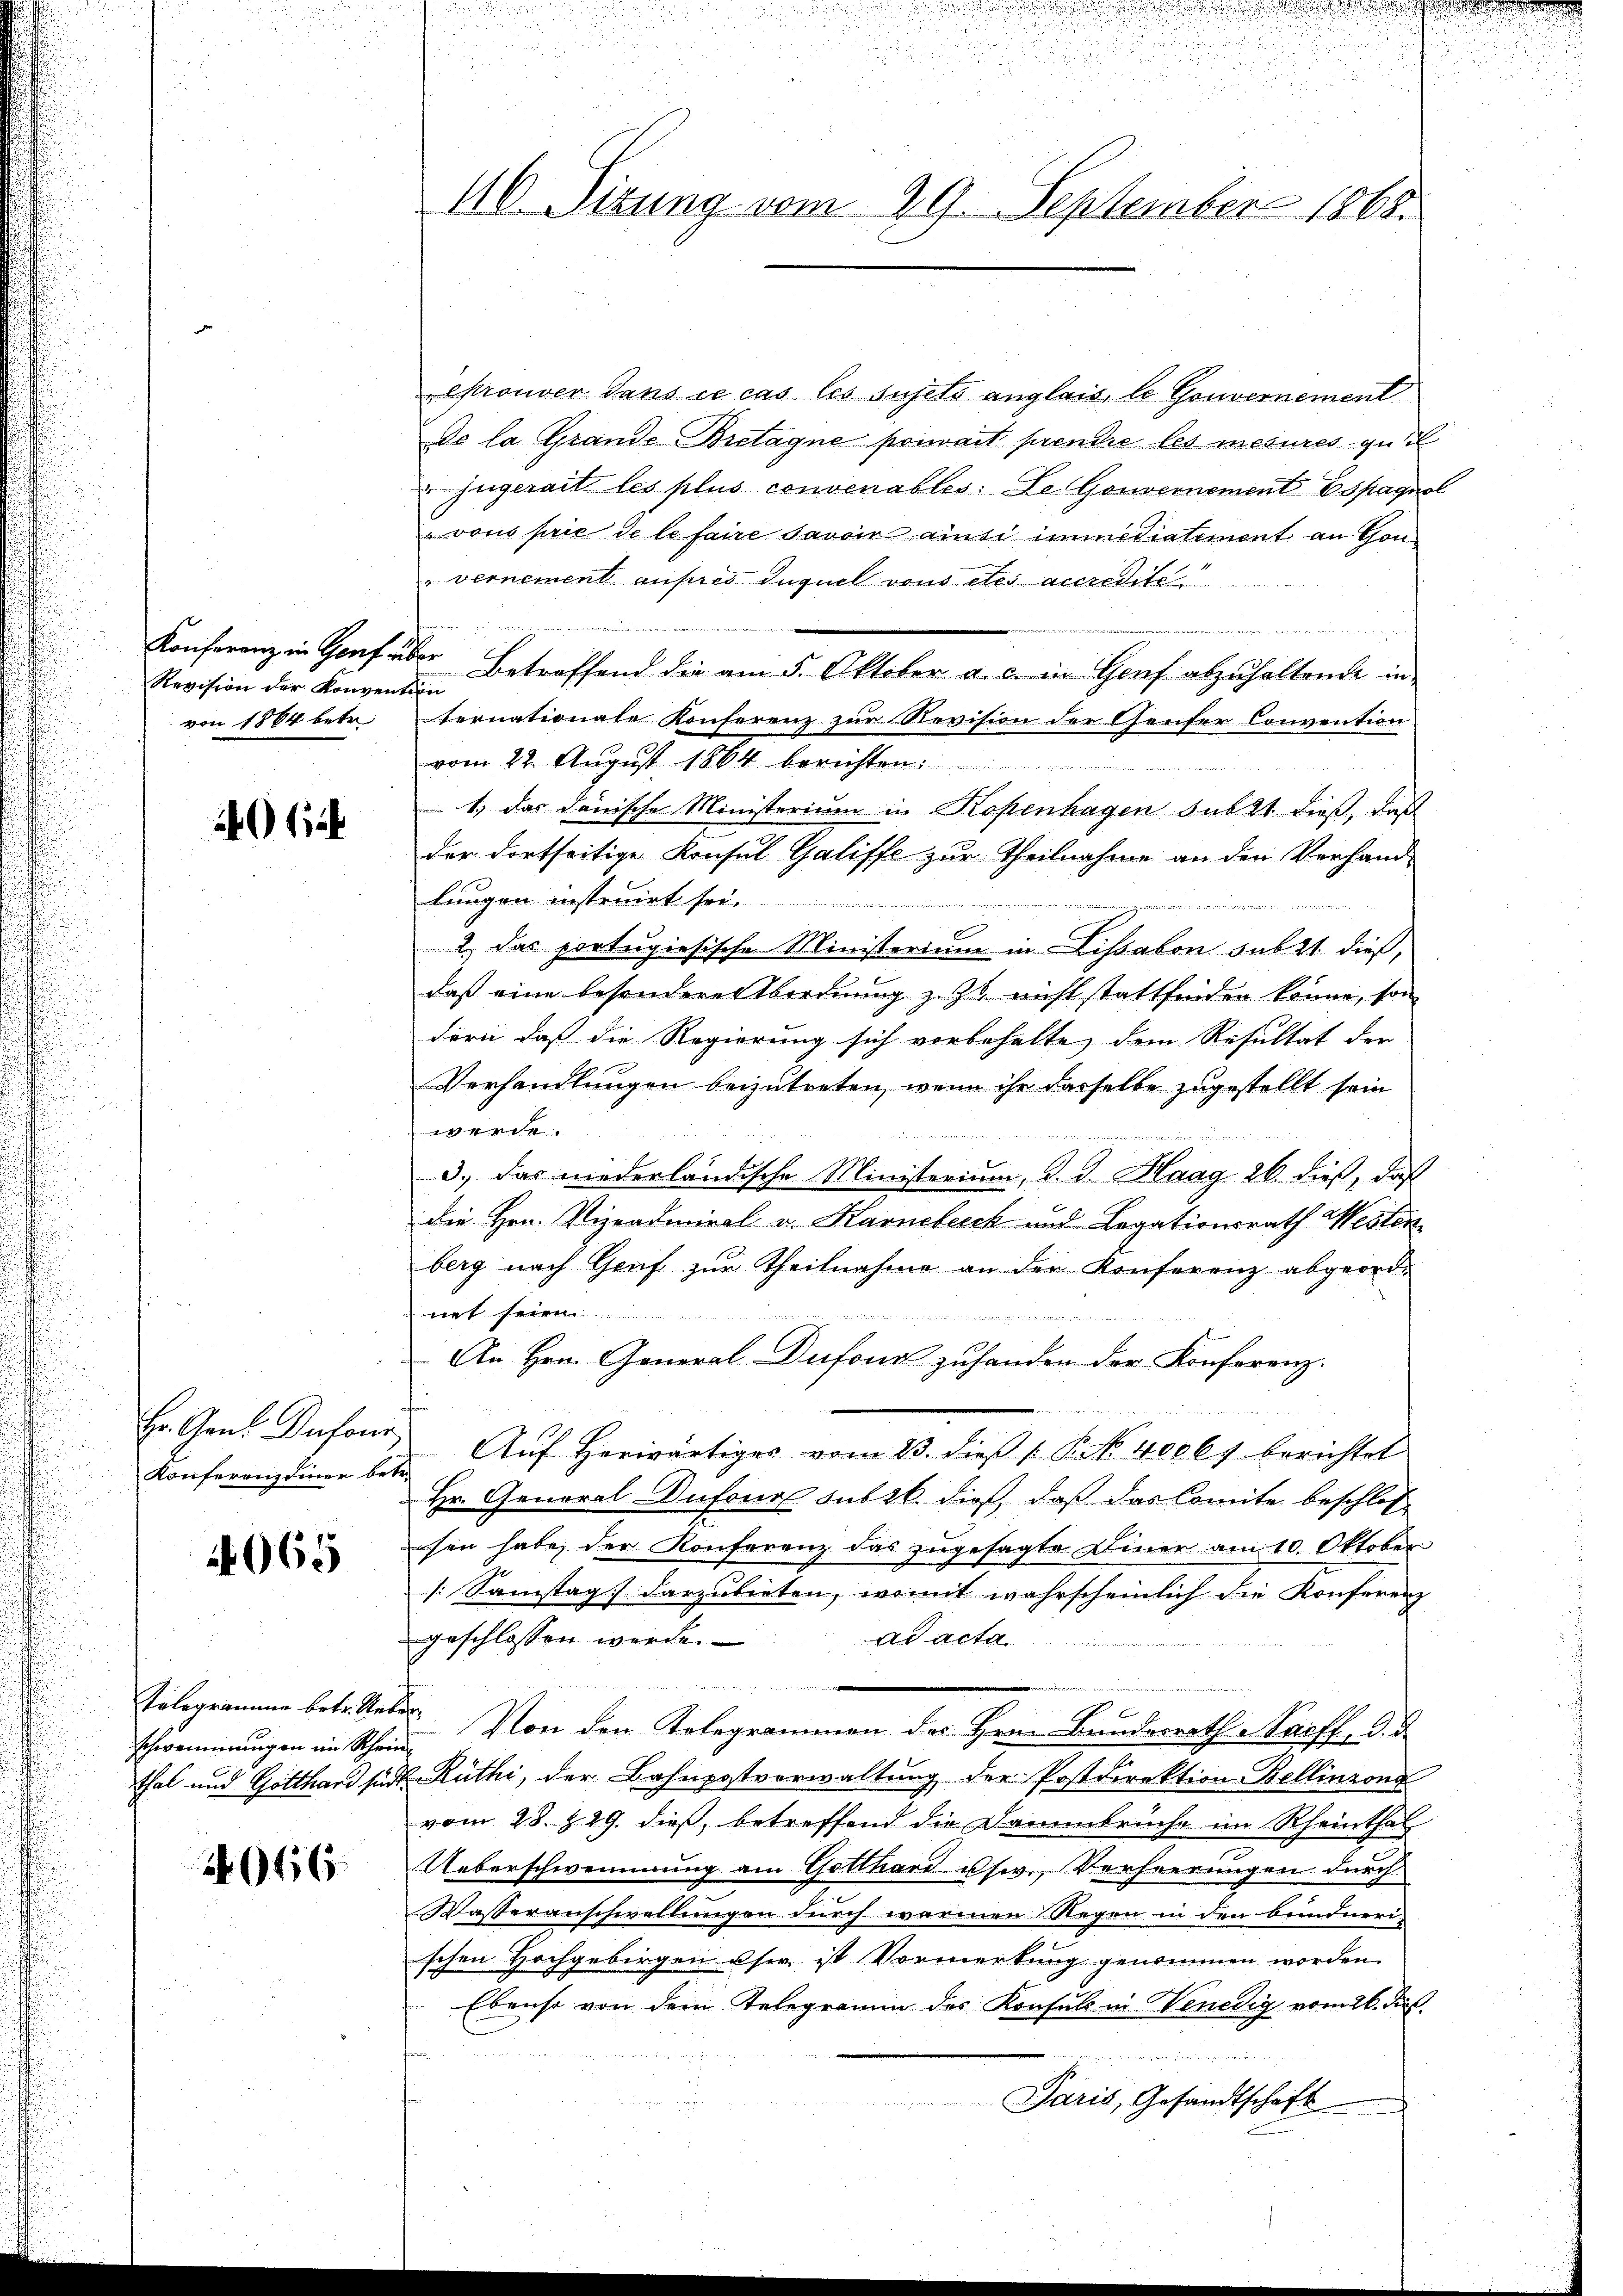
Revision der Konvention
von 1864 betr.

064

Er. Gen. Dufour
Konferenz einer be-

1065

Telegramme betr. Art.
schwemmungen im Rhein
thal und Gotthard sind.

2066

46. Sizung vom 29. September 1868.

eprouver dans ce cas les sujets anglais, le Gouvernement
de la Grande Bretagne pouvait prendie les mesures gütl
jügerait les plus convenables. Le Gouvernement Espagnol
vous prie de le faire savoir ainsi immediatement an Gou¬
"vernement aufnes Inquel vons etes accredite
n
Konferenz in Genf über Betreffend die am 5. Oktober a. c. in Genf abzuhaltende internationale Konferenz zur Revision der Genfer Convention
vom 22. August 1864 berichten:
1.) das danische Ministerium in Kopenhagen sub 21 dieß, daß
der dortseitige Konsul Galiffe zur Theilnahme an den Verhand-
lungen instruirt sei.
2. das portugiesische Ministerium in Lissabon sub 21. dieß,
daß eine besondere Abordnung z. Zt. nicht stattfinden könne, son
dern, daß die Regierung sich vorbehalte, dem Resultat der
Verhandlungen beizutreten, wenn ihr dasselbe zugestellt sein
werde.
3.) Das niederländische Ministerium, d. J. Haag 26. dieß, daß
die Hrn. Vizeadmiral v. Karneblick und Legationsrath Westen
berg nach Genf zŭr Theilnahme an der Konferenz abgeord-
net seien
An Hrn. General-Dufour zuhanden der Konferenz.
f
 Aŭf herwärtiges vom 23. dieß 1 § 4000 berichtet
Hr. General-Dufour subr. dieß, daß das Comite beschlos
sen habe, der Konferenz das zugesagte Einer am 10. Oktober
[Samstag darzubieten, womit wahrscheinlich die Konferenz
geschlossen werde. ad acta
Late
x
 Von den Telegrammen des Hrn. Bundesrath Saiff, d. d.
u. Rüthi, der Bahnpostverwaltung der Postdirektion Bellinzond
vom 28. § 29. dieß, betreffend die Dammbrüche im Rheinthal
Ueberschwemmung am Gotthard usw., Verheerungen durch
Wasseranschwellungen durch warmen Regen in den bundneri-
schen Hochgebirgen usw. ist Vormerkung genommen worden.
Ebenso von dem Telegramm des Konsuls in Venedig vom 26. Fuß.
Paris, Gesandtschaft